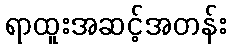
ရာထူးအဆင့်အတန်း